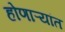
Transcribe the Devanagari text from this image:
होणाऱ्यांत